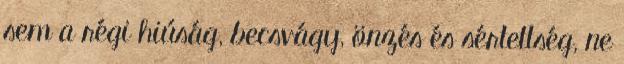
sem a régi hiúság, becsvágy, önzés és sértettség, ne